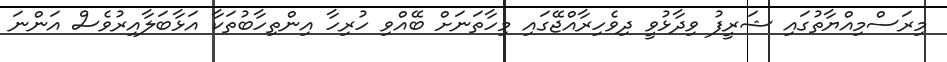
މިރަސްމިއްޔާތުގައި ޝަރީފު ވިދާޅުވީ ދިވެހިރާއްޖޭގައި މިހާތަނަށް ބޭއްވި ހުރިހާ އިންތިހާބުތަކާ އަޅާބަލާއިރުވެސް އަންނަ